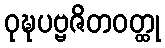
ဝုဍ္ဎပဗ္ဗဇိတဝတ္ထု